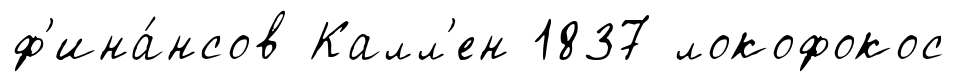
ф'ина́нсов Калл'ен 1837 локофокос